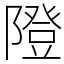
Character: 隥